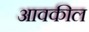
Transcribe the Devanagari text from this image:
आवकील